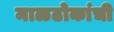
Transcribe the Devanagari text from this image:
माळढोकांची